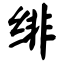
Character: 绯